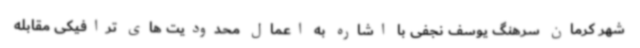
شهر کرمان سرهنگ یوسف نجفی با اشاره به اعمال محدودیت های ترافیکی مقابله